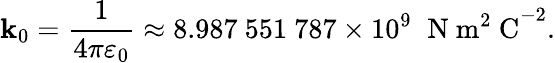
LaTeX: \mathbf{k}_{0}={\frac{{1}}{{4\pi\varepsilon_{0}}}}\approx8.987\ 551\ 787\times10^{9}\; \; \mathrm{{N\ m^{2}\ C}}^{-2}.